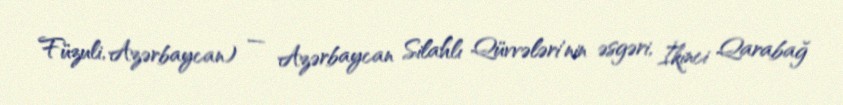
Füzuli, Azərbaycan) — Azərbaycan Silahlı Qüvvələri'nin əsgəri, İkinci Qarabağ